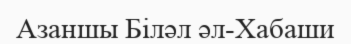
Азаншы Біләл әл-Хабаши